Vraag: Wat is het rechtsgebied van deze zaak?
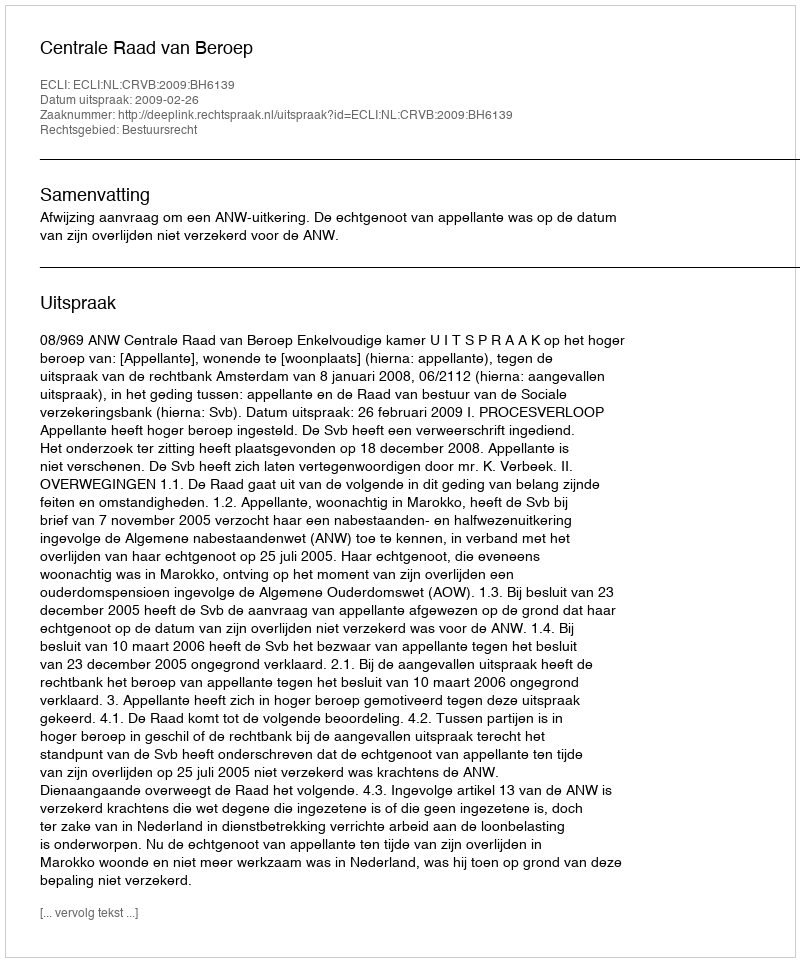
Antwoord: Bestuursrecht